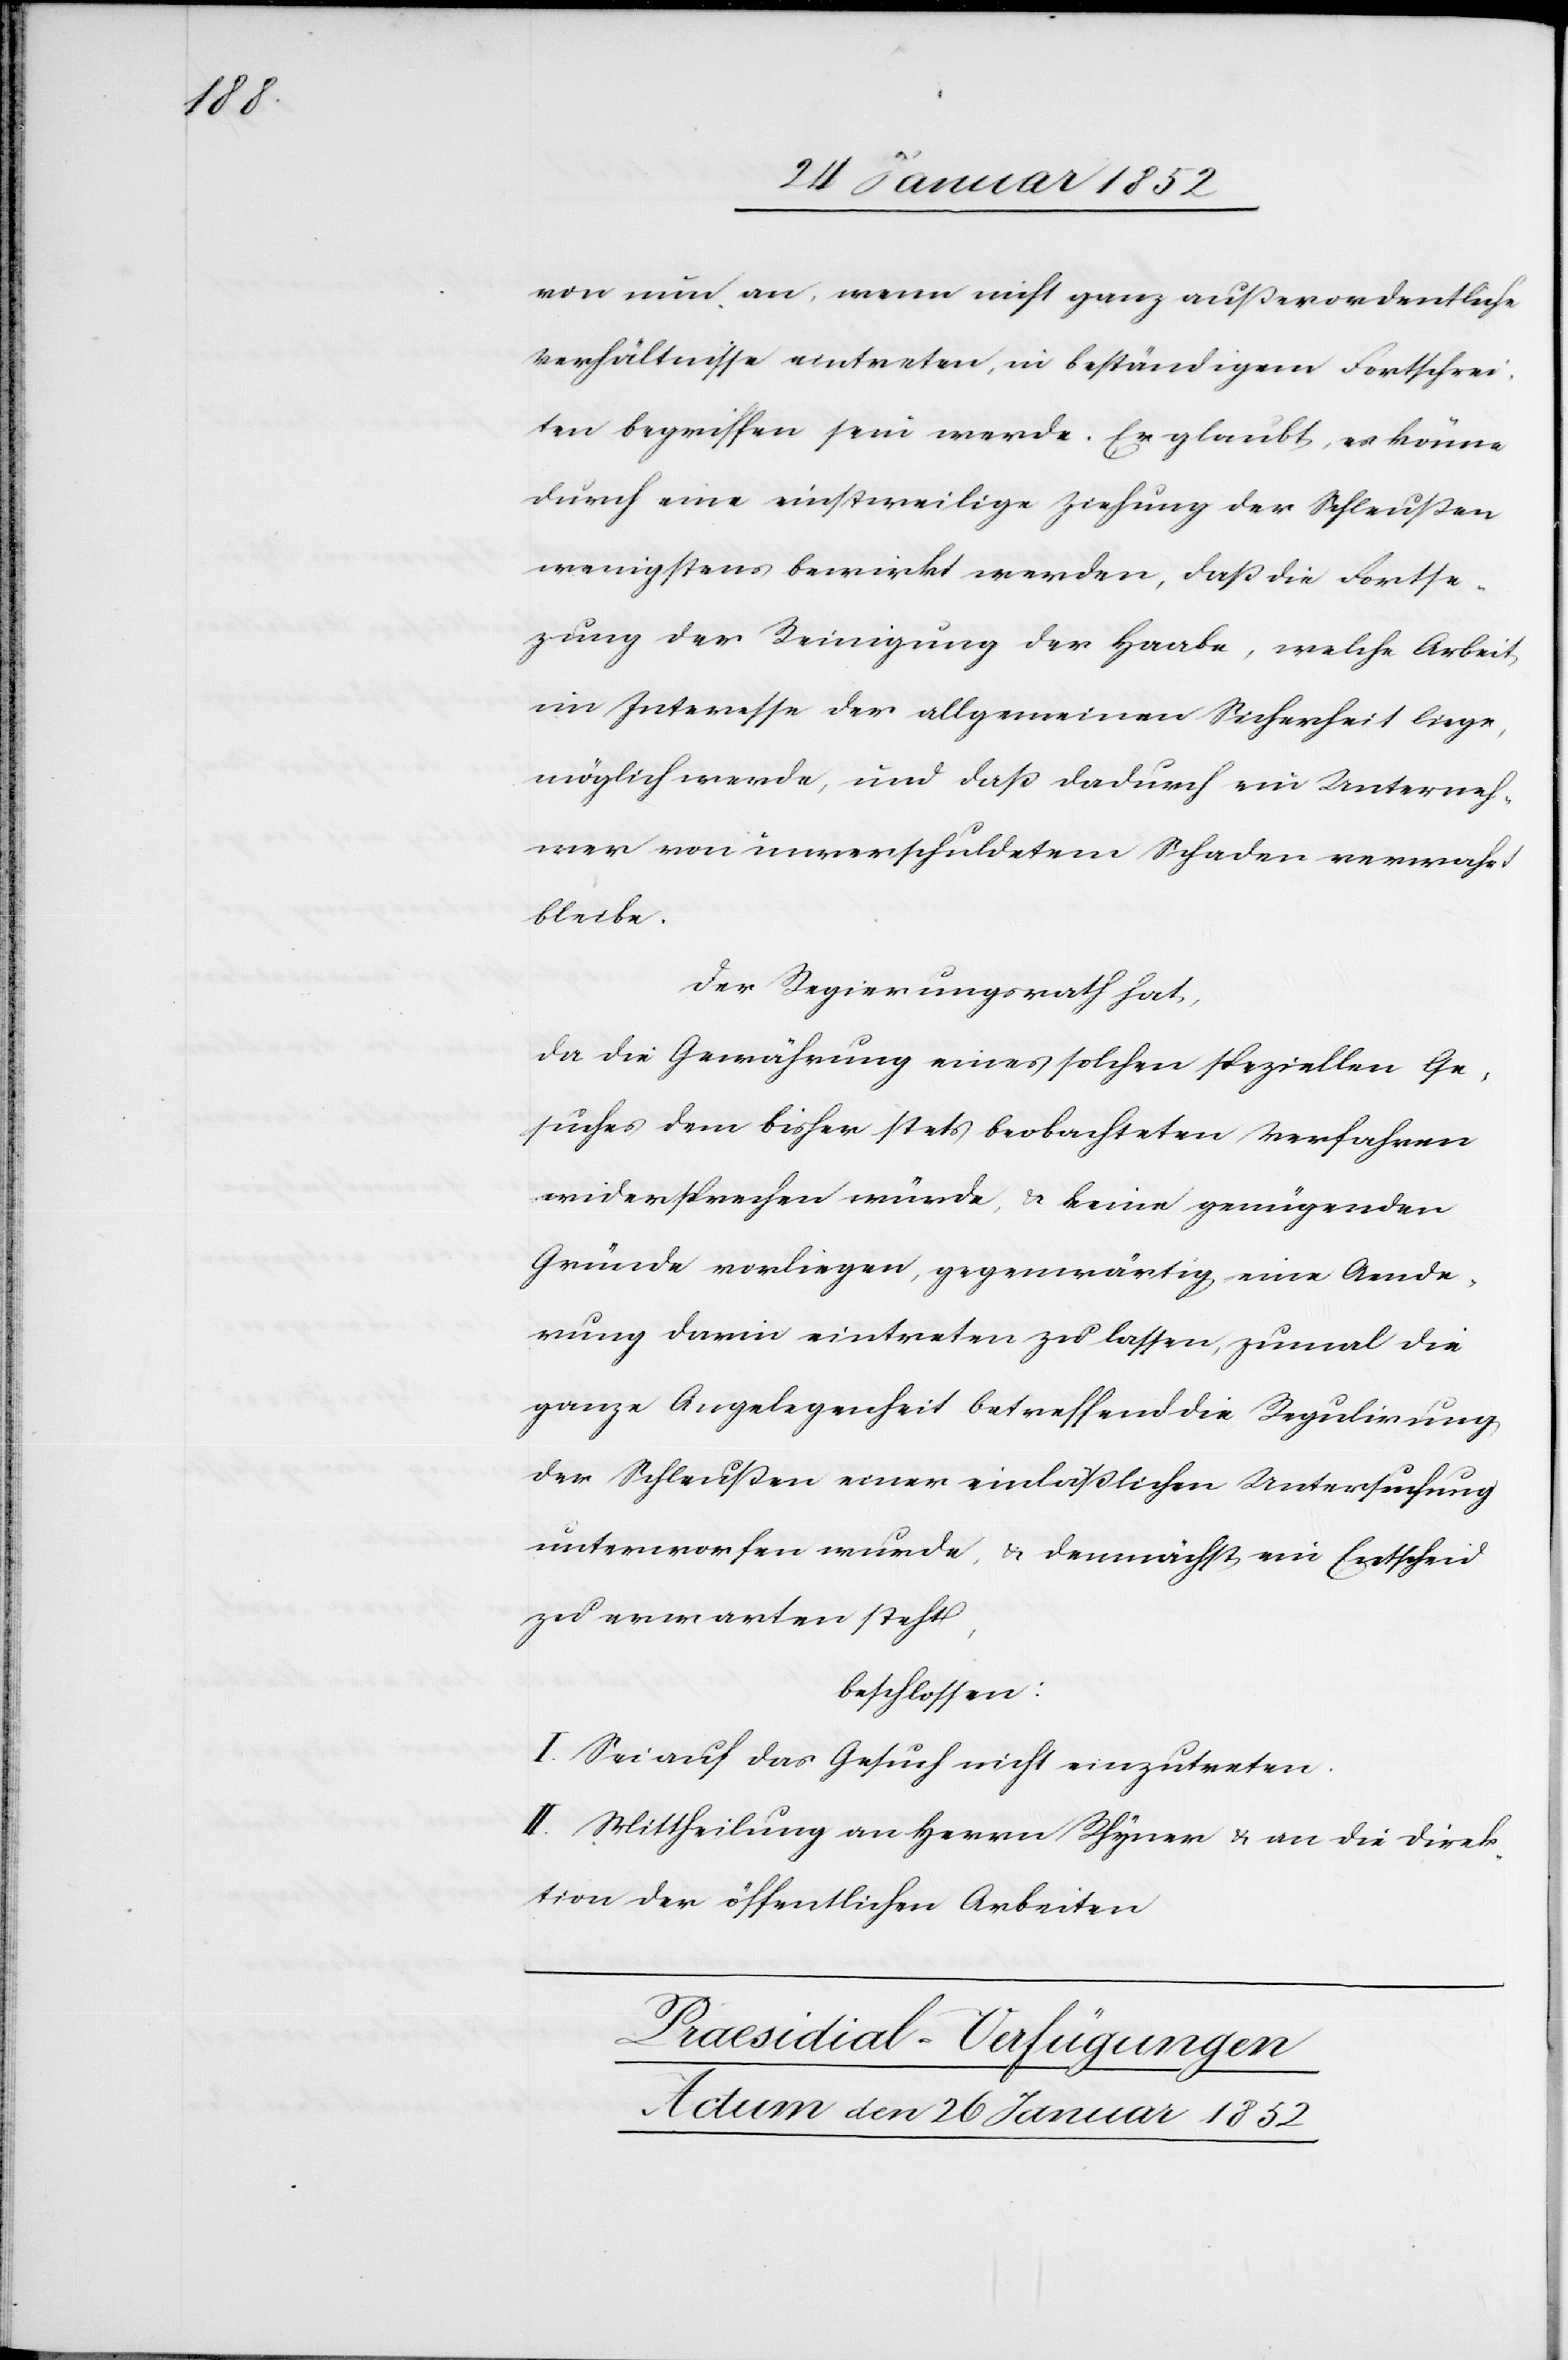
von nun an, wenn nicht ganz außerordentliche
Verhältnisse eintreten, in beständigem Fortschrei¬
ten begriffen sein werde. Er glaubt, es könne
durch eine einstweilige Ziehung der Schleußen
wenigstens bewirkt werden, daß die Fortse¬
tzung der Reinigung der Haabe, welche Arbeit
im Interesse der allgemeinen Sicherheit liege,
möglich werde, und daß dadurch ein Unterneh¬
mer von unverschuldetem Schaden verwahrt
bleibe.
Der Regierungsrath hat,
da die Gewährung eines solchen speziellen Ge¬
suches dem bisher stets beobachteten Verfahren
widersprechen würde, u. keine genügenden
Gründe vorliegen, gegenwärtig eine Aende¬
rung darin eintreten zu lassen, zumal die
ganze Angelegenheit betreffend die Regulirung
der Schleußen einer einläßlichen Untersuchung
unterworfen wurde, u. demnächst ein Entscheid
zu erwarten steht,
beschlossen:
I. Sei auf das Geschäft nicht einzutreten.
II. Mittheilung an Herrn Rhyner u. an die Direk¬
tion der öffentlichen Arbeiten.